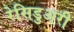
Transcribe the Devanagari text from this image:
रेसिडुअरी